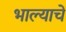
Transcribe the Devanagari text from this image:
भाल्याचे